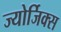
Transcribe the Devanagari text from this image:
ज्योर्जिक्स